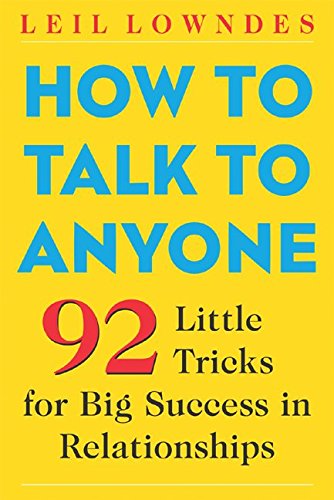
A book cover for How to Talk to Anyone: 92 Little Tricks for Big Success in Relationships; Leil Lowndes; Self-Help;